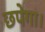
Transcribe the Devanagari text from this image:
छपेगा।